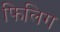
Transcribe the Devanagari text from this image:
फिलिग